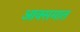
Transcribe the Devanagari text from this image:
आक्समात